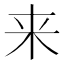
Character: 来